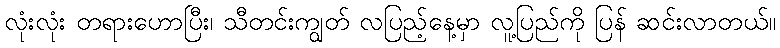
လုံးလုံး တရားဟောပြီး၊ သီတင်းကျွတ် လပြည့်နေ့မှာ လူ့ပြည်ကို ပြန် ဆင်းလာတယ်။